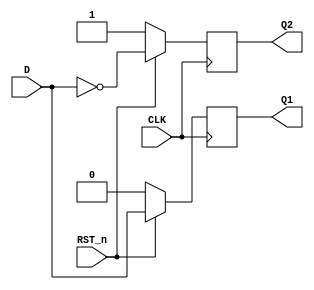
module Synchronous_D_FF (input CLK,
                         input D,
                         input RST_n,
                         output reg Q1,
                         output reg Q2);
    
    always @(posedge CLK)    begin
        if (RST_n == 0) begin
            Q1 = 0;
            Q2 = 1;
        end
        
        if (RST_n == 1) begin
            Q1 = D;
            Q2 = ~D;
        end
    end
    
endmodule